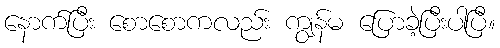
နောက်ပြီး စောစောကလည်း ကျွန်မ ပြောခဲ့ပြီးပါပြီ။